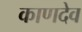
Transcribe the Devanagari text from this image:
काणदेव